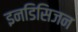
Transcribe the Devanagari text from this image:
इनडिसिजन